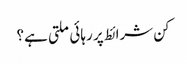
کن شرائط پر رہائی ملتی ہے؟